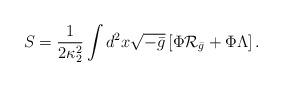
LaTeX: \begin{align*}S={1\over{2\kappa^2_2}}\int d^2x\sqrt{-\bar{g}}\left[\Phi{\cal R}_{\bar{g}}+\Phi\Lambda\right]. \end{align*}